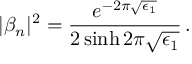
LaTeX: | \beta _ { n } | ^ { 2 } = \frac { e ^ { - 2 \pi \sqrt { \epsilon _ { 1 } } } } { 2 \sinh 2 \pi \sqrt { \epsilon _ { 1 } } } \, .